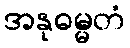
အနုဓမ္မတံ